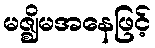
မဇ္ဈိမအနေဖြင့်